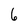
Character: 6